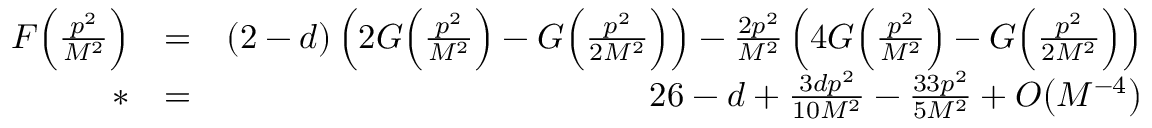
\begin{array} { r l r } { F \Big ( \frac { p ^ { 2 } } { M ^ { 2 } } \Big ) } & { = } & { ( 2 - d ) \left( 2 G \Big ( \frac { p ^ { 2 } } { M ^ { 2 } } \Big ) - G \Big ( \frac { p ^ { 2 } } { 2 M ^ { 2 } } \Big ) \right) - \frac { 2 p ^ { 2 } } { M ^ { 2 } } \left( 4 G \Big ( \frac { p ^ { 2 } } { M ^ { 2 } } \Big ) - G \Big ( \frac { p ^ { 2 } } { 2 M ^ { 2 } } \Big ) \right) } \\ { * } & { = } & { 2 6 - d + \frac { 3 d p ^ { 2 } } { 1 0 M ^ { 2 } } - \frac { 3 3 p ^ { 2 } } { 5 M ^ { 2 } } + { \cal O } \big ( M ^ { - 4 } \big ) } \end{array}